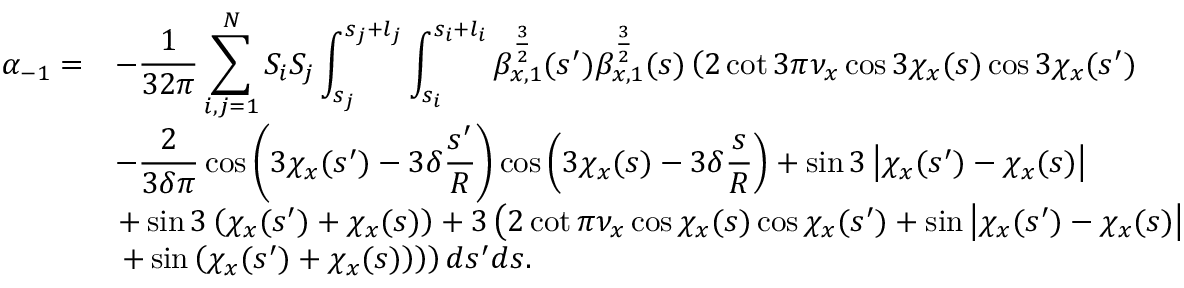
\begin{array} { c l } { \displaystyle \alpha _ { - 1 } = } & { \displaystyle - \frac { 1 } { 3 2 \pi } \sum _ { i , j = 1 } ^ { N } { S _ { i } S _ { j } \int _ { s _ { j } } ^ { s _ { j } + l _ { j } } \int _ { s _ { i } } ^ { s _ { i } + l _ { i } } { \beta _ { x , 1 } ^ { \frac { 3 } { 2 } } ( s ^ { \prime } ) \beta _ { x , 1 } ^ { \frac { 3 } { 2 } } ( s ) \left( 2 \cot { 3 \pi \nu _ { x } } \cos { 3 \chi _ { x } ( s ) } \cos { 3 \chi _ { x } ( s ^ { \prime } ) } \right. } } } \\ & { \displaystyle - \frac { 2 } { 3 \delta \pi } \cos { \left( 3 \chi _ { x } ( s ^ { \prime } ) - 3 \delta \frac { s ^ { \prime } } { R } \right) } \cos { \left( 3 \chi _ { x } ( s ) - 3 \delta \frac { s } { R } \right) } + \sin { 3 \left| \chi _ { x } ( s ^ { \prime } ) - \chi _ { x } ( s ) \right| } } \\ & { \left. + \sin { 3 \left( \chi _ { x } ( s ^ { \prime } ) + \chi _ { x } ( s ) \right) } + 3 \left( 2 \cot { \pi \nu _ { x } } \cos { \chi _ { x } ( s ) } \cos { \chi _ { x } ( s ^ { \prime } ) } + \sin { \left| \chi _ { x } ( s ^ { \prime } ) - \chi _ { x } ( s ) \right| } \right. \right. } \\ & { \left. \left. + \sin { \left( \chi _ { x } ( s ^ { \prime } ) + \chi _ { x } ( s ) \right) } \right) \right) d s ^ { \prime } d s . } \end{array}